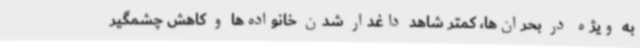
به ویژه در بحران‌ها، کمتر شاهد داغدار شدن خانواده‌ها و کاهش چشمگیر